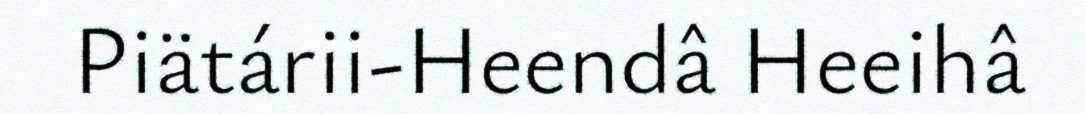
Piätárii-Heendâ Heeihâ